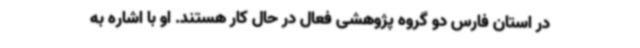
در استان فارس دو گروه پژوهشی فعال در حال کار هستند. او با اشاره به